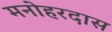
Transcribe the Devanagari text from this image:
मनोहरदास